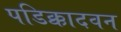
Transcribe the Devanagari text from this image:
पडिक्कादवन